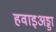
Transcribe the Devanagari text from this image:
हवाइअड्डा